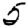
Digit: 5